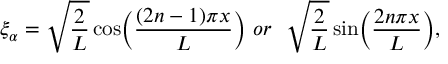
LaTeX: \xi _ { \alpha } = \sqrt { \frac { 2 } { L } } \cos \Bigl ( \frac { ( 2 n - 1 ) \pi x } { L } \Bigr ) { } ~ o r ~ ~ \sqrt { \frac { 2 } { L } } \sin \Bigl ( \frac { 2 n \pi x } { L } \Bigr ) ,